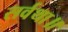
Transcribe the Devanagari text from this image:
सर्वथा॥